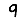
Digit: 9